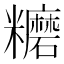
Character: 𥽨